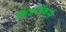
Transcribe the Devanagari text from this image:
विंडटॉकर्स